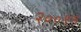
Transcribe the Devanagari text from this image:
२००९न